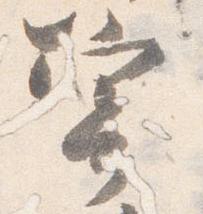
寄